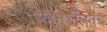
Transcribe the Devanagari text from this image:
सहनशीलतेच